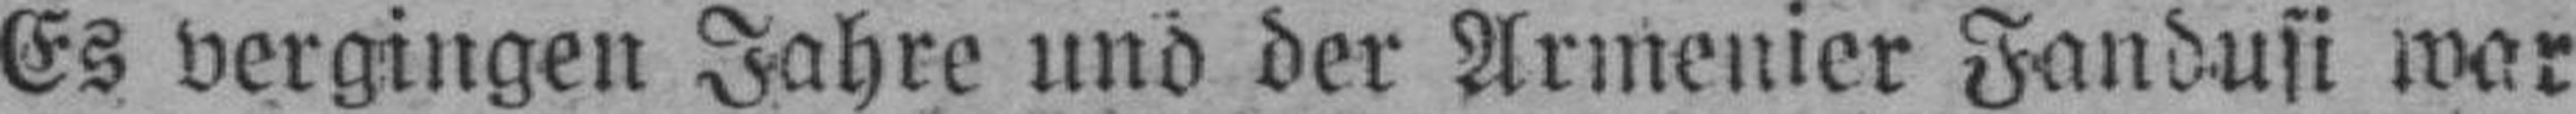
Es vergingen Jahre und der Armenier Fandusi war